Plague in India, 1896, 1897 - Volume 2
Year: 1896
Disease focus: Plague
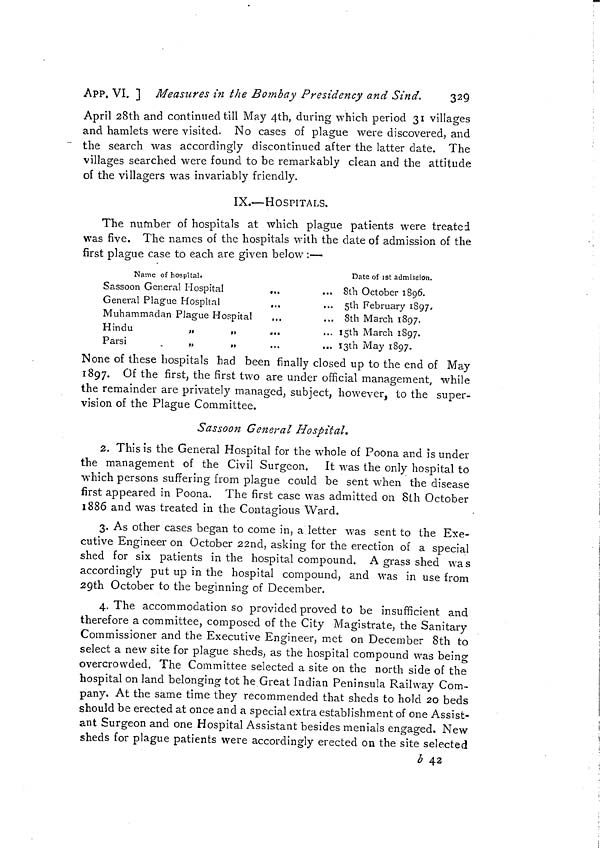
APP. VI. ] Measures in the Bombay Presidency and Sind.
329
April 28th and continued till May 4th, during which period 31 villages
and hamlets were visited. No cases of plague were discovered, and
the search was accordingly discontinued after the latter date. The
villages searched were found to be remarkably clean and the attitude
O
of the villagers was invariably friendly.
IX.—HOSPITALS.
The number of hospitals at which plague patients were treated
was five. The names of the hospitals with the date of admission of the
first plague case to each are given below :—
Name of hospital.
Sassoon General Hospital
General Plague Hospital
Muhammadan Plague Hospital
Hindu
„
„
Parsi
.
„
„
...
,,,
...
...
...
...
...
...
Date of ist admission.
Stli October 1896.
5th February 1897,
8th March 1897.
1 5th March 1897.
1 3th May 1897.
None of these hospitals had been finally closed up to the end of May
1897. Of the first, the first two are under official management, while
the remainder are privately managed, subject, however, to the super-
vision of the Plague Committee.
Sassoon General Hospital,
2. This is the General Hospital for the whole of Poona and is under
the management of the Civil Surgeon.
It was the only hospital to
which persons suffering from plague could be sent when the disease
first appeared in Poona. The first case was admitted on 8th October
1886 and was treated in the Contagious Ward.
3. As other cases began to come in, a letter was sent to the Exe-
cutive Engineer on October 22nd, asking for the erection of a special
shed for six patients in the hospital compound. A grass shed was
accordingly put up in the hospital compound, and was in use from
29th October to the beginning of December.
4. The accommodation so provided proved to be insufficient and
therefore a committee, composed of the City Magistrate, the Sanitary
Commissioner and the Executive Engineer, met on December 8th to
select a new site for plague sheds, as the hospital compound was being
overcrowded. The Committee selected a site on the north side of the
hospital on land belonging tot he Great Indian Peninsula Railway Com-
pany. At the same time they recommended that sheds to hold 20 beds
should be erected at once and a special extra establishment of one Assist-
ant Surgeon and one Hospital Assistant besides menials engaged. New
sheds for plague patients were accordingly erected on the site selected
b 42